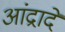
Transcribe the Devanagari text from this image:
आंद्रादे